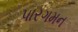
પારગમન